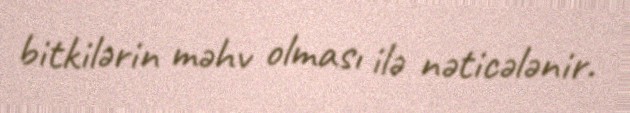
bitkilərin məhv olması ilə nəticələnir.